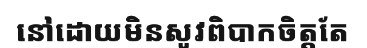
នៅដោយមិនសូវពិបាកចិត្តតែ